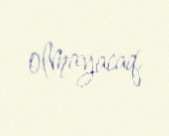
olmayacaq.